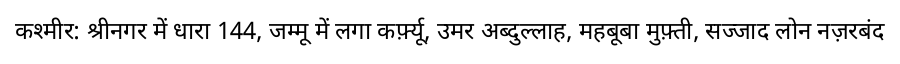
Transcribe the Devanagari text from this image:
कश्मीर: श्रीनगर में धारा 144, जम्मू में लगा कर्फ़्यू, उमर अब्दुल्लाह, महबूबा मुफ़्ती, सज्जाद लोन नज़रबंद